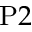
\mathrm { P } 2